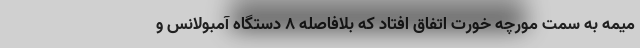
میمه به سمت مورچه خورت اتفاق افتاد که بلافاصله ٨ دستگاه آمبولانس و